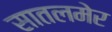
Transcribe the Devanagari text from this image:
सातलमेर